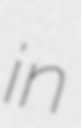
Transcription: in